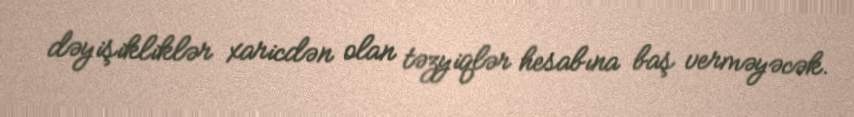
dəyişikliklər xaricdən olan təzyiqlər hesabına baş verməyəcək.